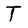
Character: T